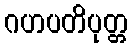
ဂဟပတိပုတ္တ